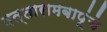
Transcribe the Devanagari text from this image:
दत्तारामबापूंचे